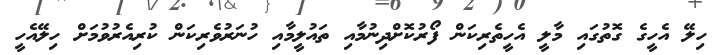
ހިލޭ އެހީގެ ގޮތުގައި މާލީ އެހީތެރިކަން ފޯރުކޮށްދިނުމާއި ތައުލީމާއި ހުނަރުވެރިކަން ކުރިއެރުވުމަށް ހިލޭއެހީ